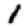
Digit: 1